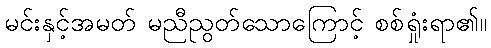
မင်းနှင့်အမတ် မညီညွတ်သောကြောင့် စစ်ရှုံးရာ၏။